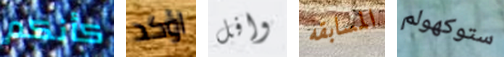
كأنكم اؤكد وافل المسابقه ستوكهولم